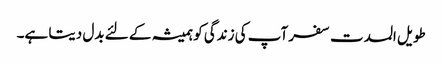
طویل المدت سفر آپ کی زندگی کو ہمیشہ کے لئے بدل دیتا ہے۔